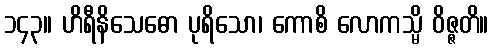
၁၄၃။ ဟိရီနိသေဓော ပုရိသော၊ ကောစိ လောကသ္မိ ဝိဇ္ဇတိ။